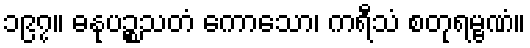
၁၉၇။ ဓနုပဉ္စသတံ ကောသော၊ ကရီသံ စတုရမ္ဗဏံ။